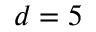
d = 5